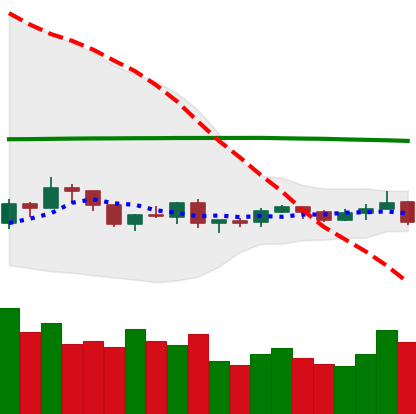
Ticker: XRP-USD
Chart end date: 2019-08-06
Forward return: -3.023%
Label: down_3_5